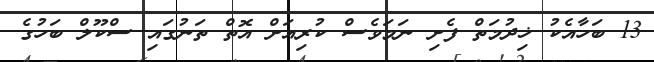
13 ބަހާއެކު ޚިދުމަތް ފެށި ނަމަވެސް ކުރިއަށް އޮތް ތަނުގައި ސްކޫލް ބަހުގެ